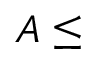
A \le